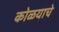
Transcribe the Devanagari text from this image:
कोळयाचे